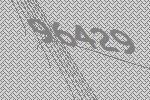
96429